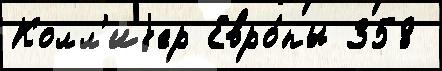
Колл'иjер Евро́пы 358